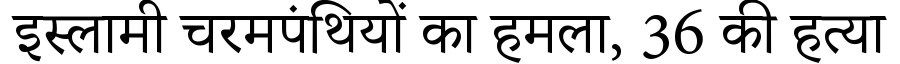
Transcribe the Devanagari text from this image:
इस्लामी चरमपंथियों का हमला, 36 की हत्या